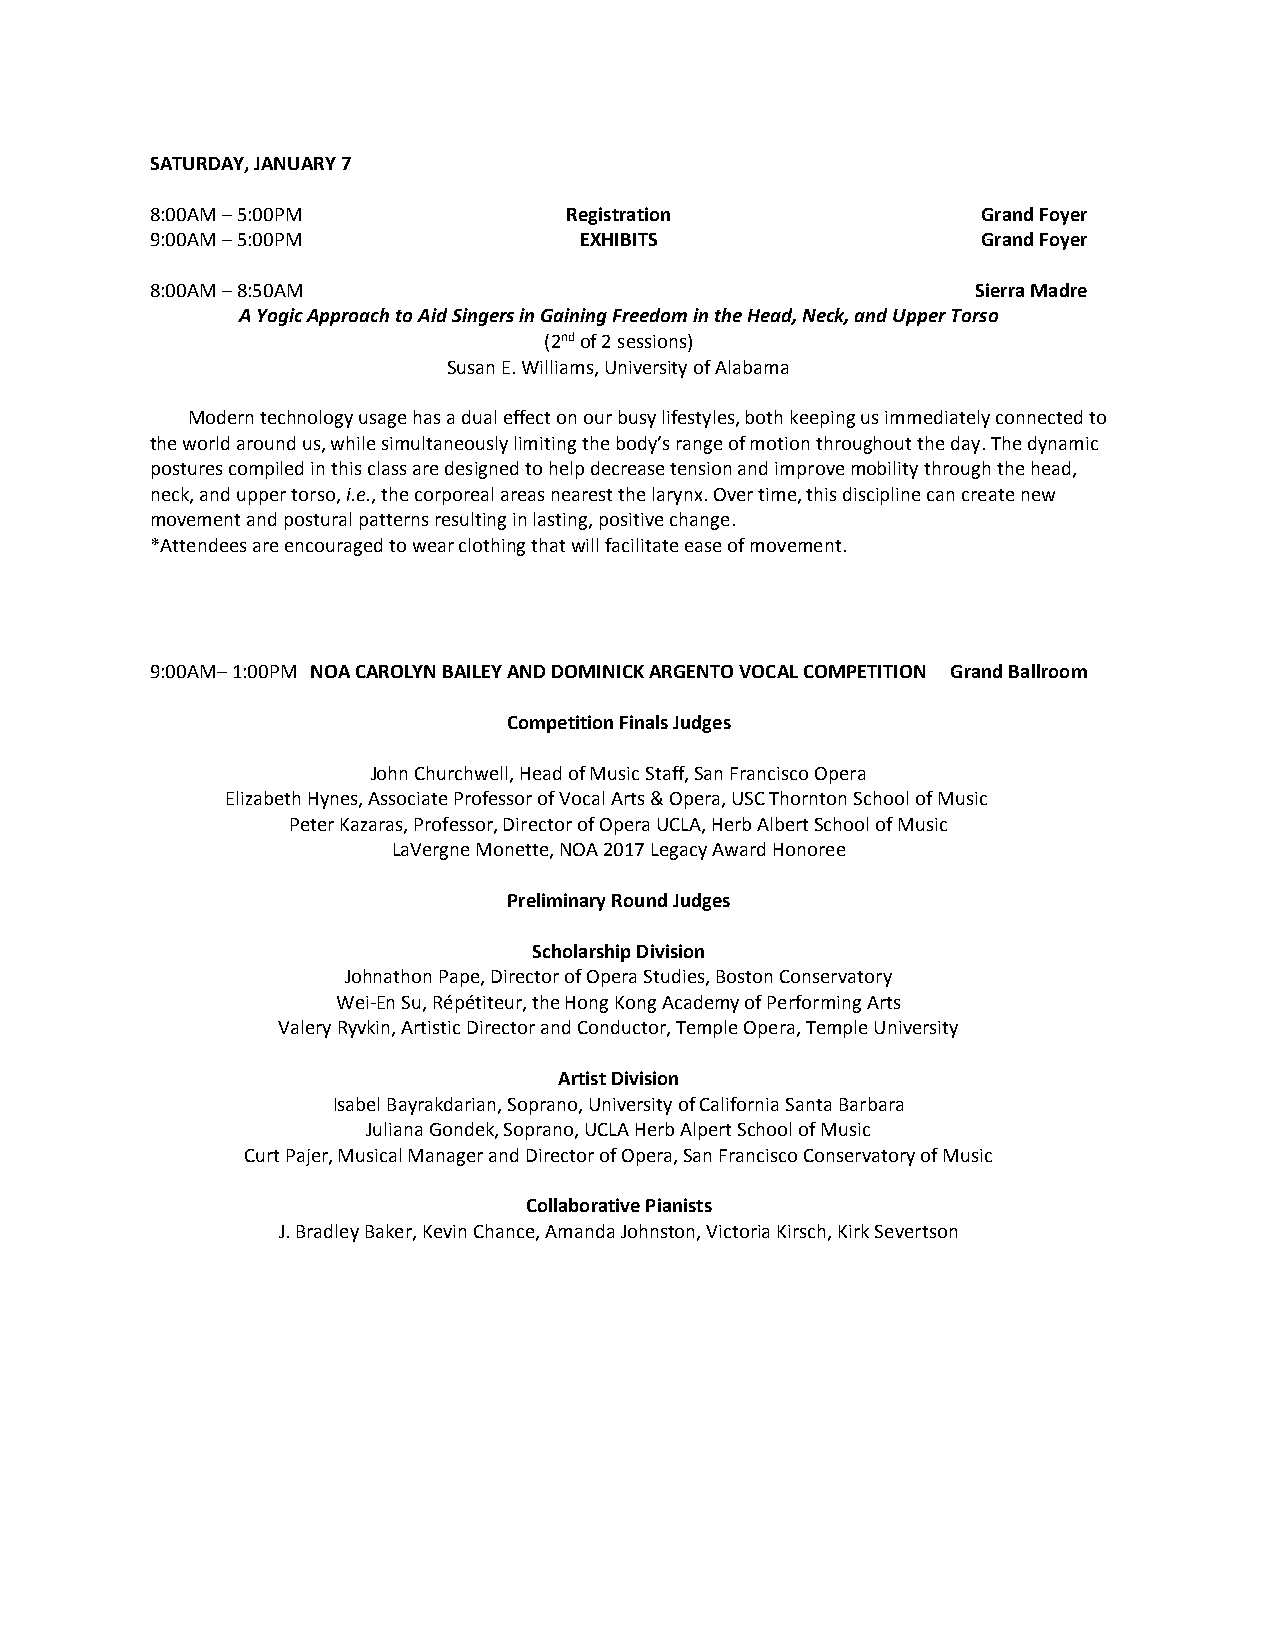
SATURDAY, JANUARY 7
 8:00AM – 5:00PM            Registration                Grand Foyer
 9:00AM – 5:00PM             EXHIBITS                   Grand Foyer
 8:00AM – 8:50AM                                        Sierra Madre
 A Yogic Approach to Aid Singers in Gaining Freedom in the Head, Neck, and Upper Torso
 (2nd of 2 sessions)
 Susan E. Williams, University of Alabama
 Modern technology usage has a dual effect on our busy lifestyles, both keeping us immediately connected to
 the world around us, while simultaneously limiting the body’s range of motion throughout the day. The dynamic
 postures compiled in this class are designed to help decrease tension and improve mobility through the head,
 neck, and upper torso, i.e., the corporeal areas nearest the larynx. Over time, this discipline can create new
 movement and postural patterns resulting in lasting, positive change.
 *Attendees are encouraged to wear clothing that will facilitate ease of movement.
 9:00AM– 1:00PM NOA CAROLYN BAILEY AND DOMINICK ARGENTO VOCAL COMPETITION Grand Ballroom
 Competition Finals Judges
 John Churchwell, Head of Music Staff, San Francisco Opera
 Elizabeth Hynes, Associate Professor of Vocal Arts & Opera, USC Thornton School of Music
 Peter Kazaras, Professor, Director of Opera UCLA, Herb Albert School of Music
 LaVergne Monette, NOA 2017 Legacy Award Honoree
 Preliminary Round Judges
 Scholarship Division
 Johnathon Pape, Director of Opera Studies, Boston Conservatory
 Wei-En Su, Répétiteur, the Hong Kong Academy of Performing Arts
 Valery Ryvkin, Artistic Director and Conductor, Temple Opera, Temple University
 Artist Division
 Isabel Bayrakdarian, Soprano, University of California Santa Barbara
 Juliana Gondek, Soprano, UCLA Herb Alpert School of Music
 Curt Pajer, Musical Manager and Director of Opera, San Francisco Conservatory of Music
 Collaborative Pianists
 J. Bradley Baker, Kevin Chance, Amanda Johnston, Victoria Kirsch, Kirk Severtson